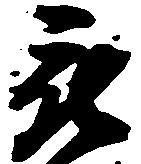
被